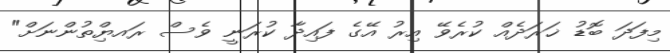
މިފަދަ ބޮޑު ޚަރަދެއް ކުރެވޭ އިރު އޭގެ ފައިދާ ކުރަނީ ވެސް ރައޔްިތުންނަށް"